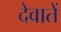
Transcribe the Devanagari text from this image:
देवातें